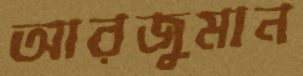
আরজুমান